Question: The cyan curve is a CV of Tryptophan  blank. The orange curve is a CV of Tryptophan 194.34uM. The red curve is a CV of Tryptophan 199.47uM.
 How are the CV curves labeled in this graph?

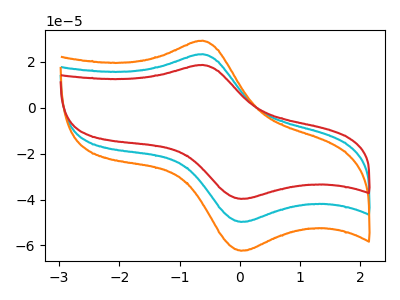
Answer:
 <answer>The cyan curve is labeled "Tryptophan  blank". The orange curve is labeled "Tryptophan 194.34uM". The red curve is labeled "Tryptophan 199.47uM".</answer>
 <eval></eval>